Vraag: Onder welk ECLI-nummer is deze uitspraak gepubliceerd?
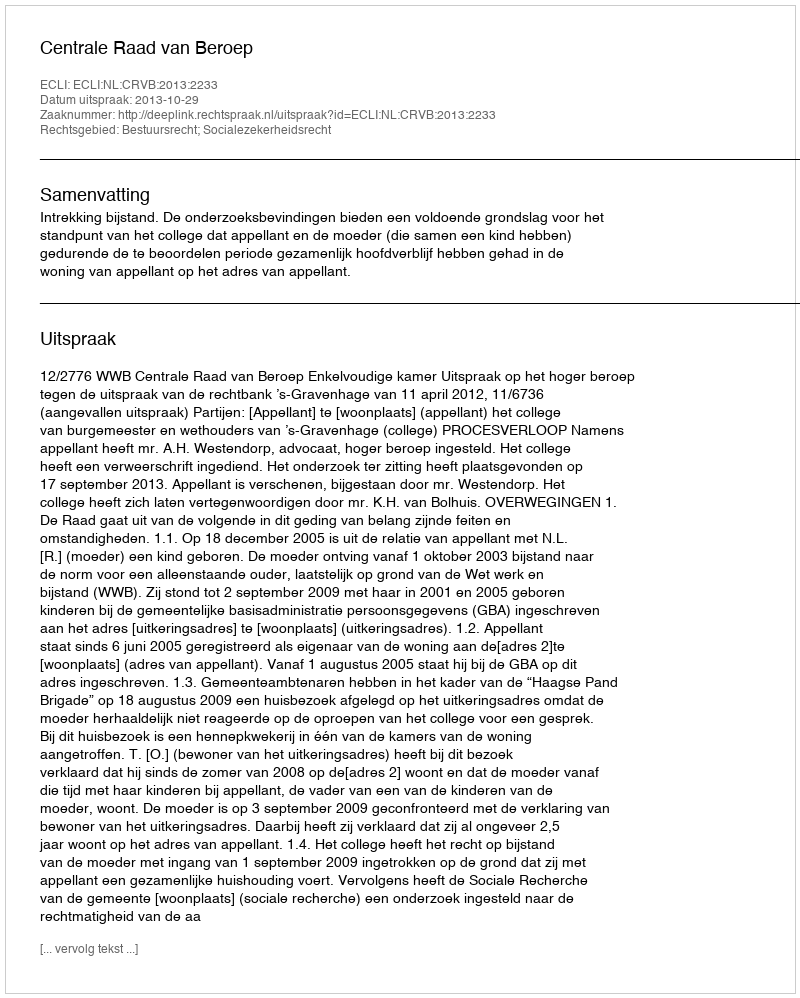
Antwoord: ECLI:NL:CRVB:2013:2233